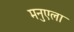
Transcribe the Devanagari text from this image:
मनुएला